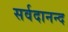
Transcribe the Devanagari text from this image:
सर्वदानन्द